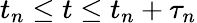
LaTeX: t_{n}\leq t\leq t_{n}+\tau_{n}